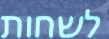
לשחות